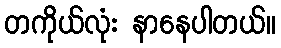
တကိုယ်လုံး နာနေပါတယ်။